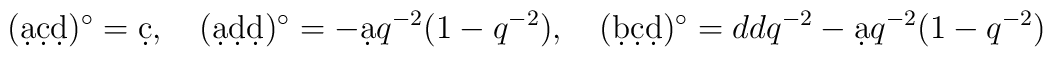
(\d a \d c\d d)^\circ=\d c,\quad (\d a\d d\d d)^\circ=- \d aq^{-2}(1-q^{-2}),\quad(\d b \d c\d d)^\circ=ddq^{-2} - \d aq^{-2}(1-q^{-2})